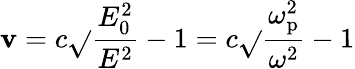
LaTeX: \mathbf{v}=c{\sqrt{}{{{\frac{{E_{0}^{2}}}{{E^{2}}}}-1}}}=c{\sqrt{}{{{\frac{{\omega_{\mathrm{{p}}}^{2}}}{{\omega^{2}}}}-1}}}